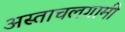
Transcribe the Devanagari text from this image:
अस्ताचलगामी